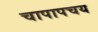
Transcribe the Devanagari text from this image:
चापापचय